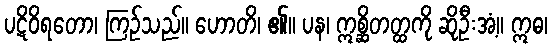
ပဋိဝိရတော၊ ကြဉ်သည်။ ဟောတိ၊ ၏။ ပန၊ ဣစ္ဆိတတ္ထကို ဆိုဦးအံ့။ ဣဓ၊